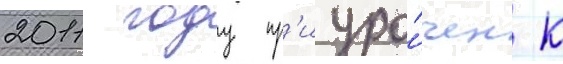
2011 году пр'иуро́чен к